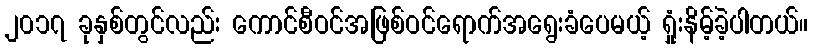
၂၀၁၇ ခုနှစ်တွင်လည်း ကောင်စီဝင်အဖြစ်ဝင်ရောက်အရွေးခံပေမယ့် ရှုံးနိမ့်ခဲ့ပါတယ်။